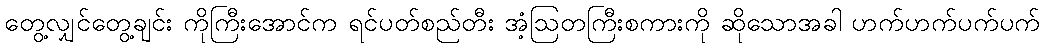
တွေ့လျှင်တွေ့ချင်း ကိုကြီးအောင်က ရင်ပတ်စည်တီး အံ့ဩတကြီးစကားကို ဆိုသောအခါ ဟက်ဟက်ပက်ပက်